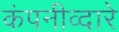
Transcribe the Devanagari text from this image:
कंपनीव्दारे